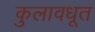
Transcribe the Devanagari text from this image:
कुलावधूत